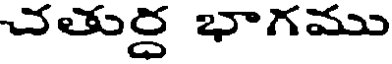
చతుర్ద భాగము